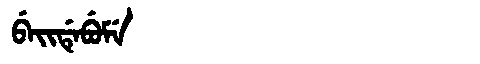
Manchu: ᠪᡝᡳᡩᡝᠪᡠᠮᡝ
Romanization: BEIDEBUME